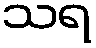
သရ